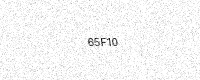
Text: 65F10